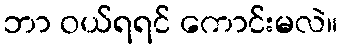
ဘာ ဝယ်ရရင် ကောင်းမလဲ။